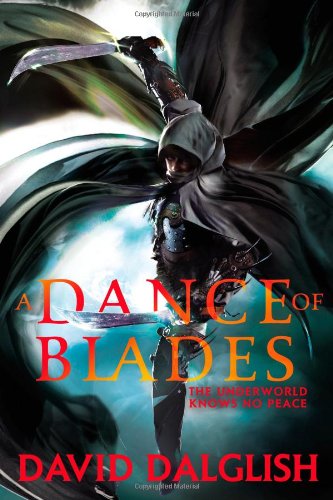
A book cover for A Dance of Blades (Shadowdance 2); David Dalglish; Literature & Fiction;